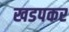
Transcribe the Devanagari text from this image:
खडपकर